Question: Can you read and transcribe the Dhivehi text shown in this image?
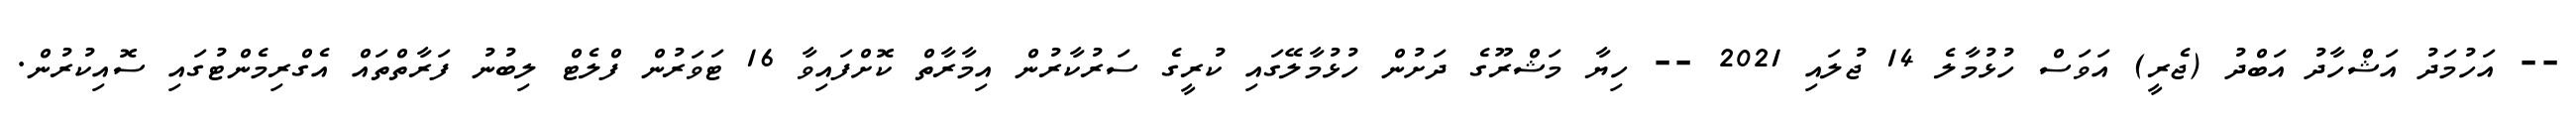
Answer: -- އަހުމަދު އަޝްހާދު އަބްދު (ޖެރީ) އަވަސް ހުޅުމާލެ 14 ޖުލައި 2021 -- ހިޔާ މަޝްރޫގެ ދަށުން ހުޅުމާލޭގައި ކުރީގެ ސަރުކާރުން އިމާރާތް ކޮށްފައިވާ 16 ޓަވަރުން ފްލެޓް ލިބުނު ފަރާތްތައް އެގްރިމެންޓުގައި ސޮއިކުރުން.